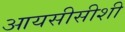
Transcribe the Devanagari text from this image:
आयसीसीशी